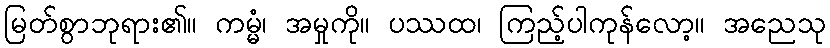
မြတ်စွာဘုရား၏။ ကမ္မံ၊ အမှုကို။ ပဿထ၊ ကြည့်ပါကုန်လော့။ အညေသု